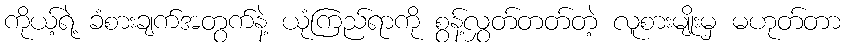
ကိုယ့်ရဲ့ ခံစားချက်အတွက်နဲ့ ယုံကြည်ရာကို စွန့်လွှတ်တတ်တဲ့ လူစားမျိုးမှ မဟုတ်တာ